65_HS1-834228961_62-HQ-83894_Section_8
Agency: FBI
Page 75
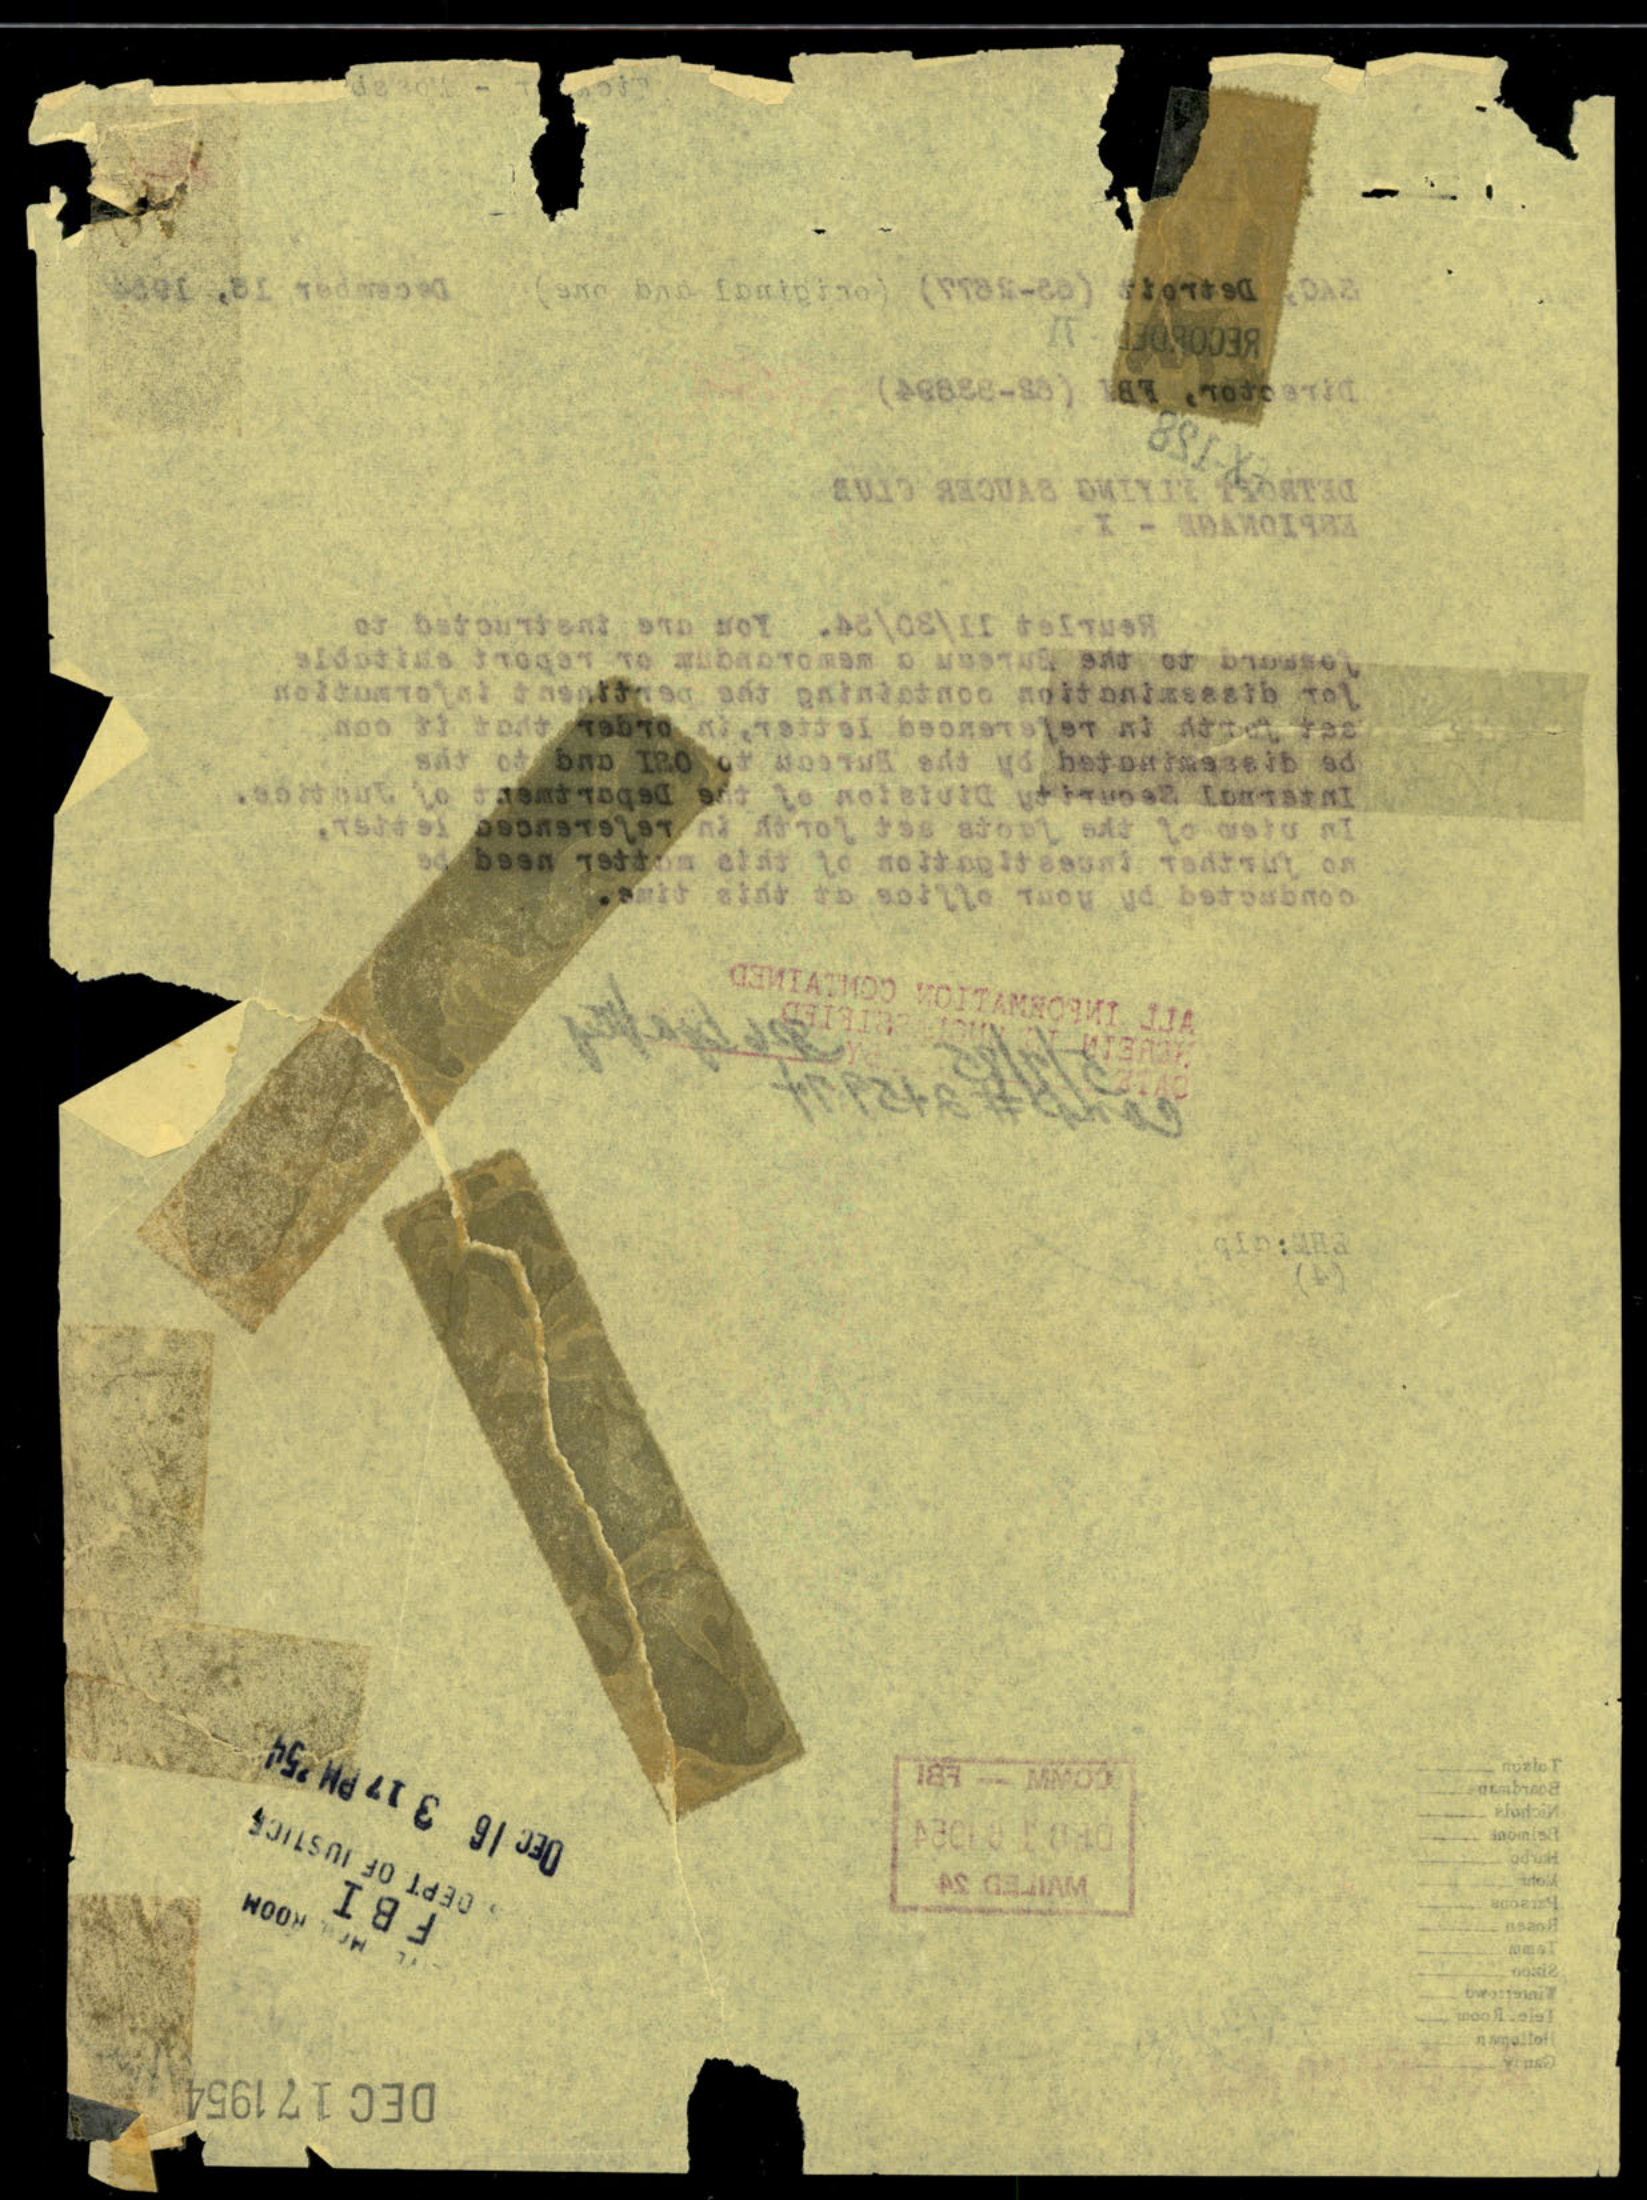